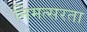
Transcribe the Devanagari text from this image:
निमत्सरता